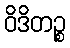
ဝိဒိတဉ္စ